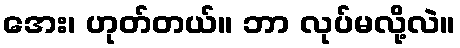
အေး၊ ဟုတ်တယ်။ ဘာ လုပ်မလို့လဲ။